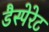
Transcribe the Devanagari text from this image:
डैस्पेरेट